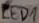
Text: LED1